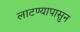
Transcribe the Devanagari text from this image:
लाटण्यापासुन